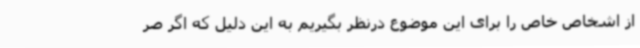
از اشخاص خاص را برای این موضوع درنظر بگیریم به این دلیل که اگر صر